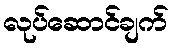
လုပ်ဆောင်ချက်